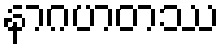
နာဂဟတဿ